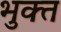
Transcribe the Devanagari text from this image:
भुक्‍त